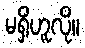
မရှိဟူလို။